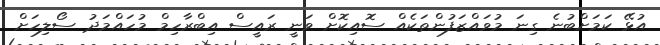
އުޅޭ ކަމަށްބުނެ ގިނަ މުވައްޒަފުންތަކެއް ސޮއިކޮށް ވަނީ ރައީސް އިބްރާހިމް މުހައްމަދު ސޯލިހަށް